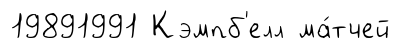
19891991 Кэмпб'елл ма́тчей